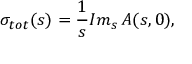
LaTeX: \sigma _ { t o t } ^ { } ( s ) = \frac 1 s I m _ { s } ^ { } \, A ( s , 0 ) ,